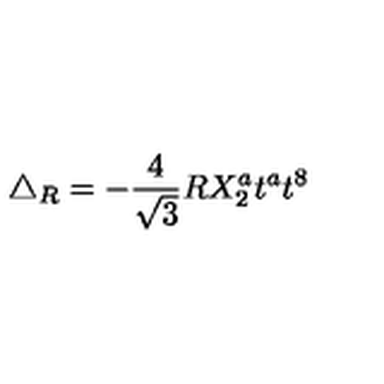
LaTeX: \triangle _ { R } = - \frac { 4 } { \sqrt { 3 } } R X _ { 2 } ^ { a } t ^ { a } t ^ { 8 }